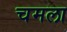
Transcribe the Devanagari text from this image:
चमला